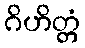
ဂိဟိတ္တံ